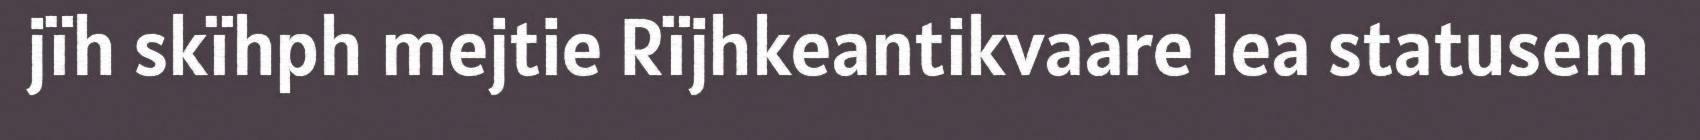
jïh skïhph mejtie Rïjhkeantikvaare lea statusem